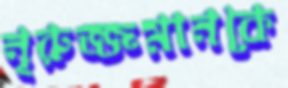
নূরুজ্জমানকে